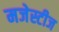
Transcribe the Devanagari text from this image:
मजेस्टीज